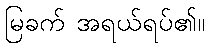
မြခက် အရယ်ရပ်၏။